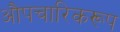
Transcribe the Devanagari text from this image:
औपचारिकरूप